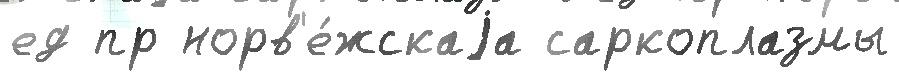
ед пр норв'е́жскаjа саркоплазмы